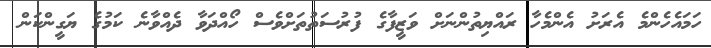
ހަމައެހެންމެ އެރަށު އެންމެހާ ރައްޔިތުންނަށް ވަޒީފާގެ ފުރުސަތުތަށްވެސް ހޯއްދަވާ ދެއްވާނެ ކަމުގެ ޔަގީންކަން